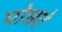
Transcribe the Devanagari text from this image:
पोछते